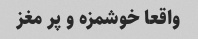
واقعا خوشمزه و پر مغز